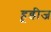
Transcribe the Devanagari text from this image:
हूडीज